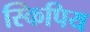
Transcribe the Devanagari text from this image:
स्किपिय